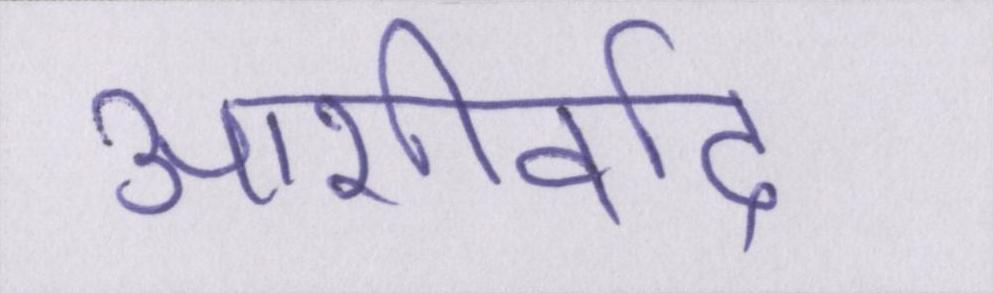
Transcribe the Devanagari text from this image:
आशीर्वाद